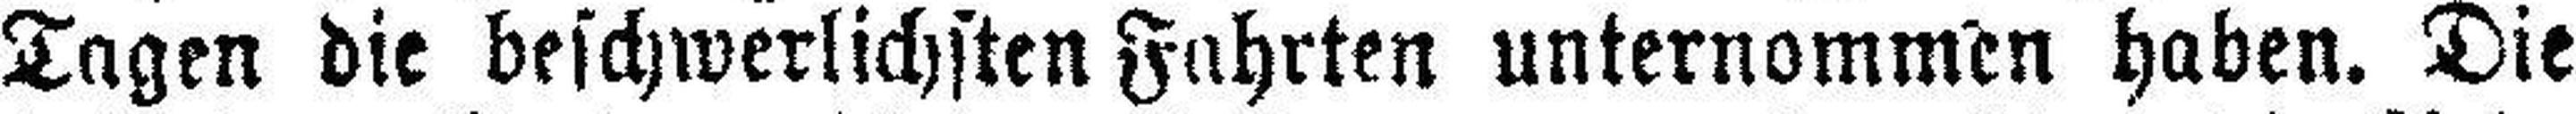
Tagen die beschwerlichsten Fahrten unternommen haben. Die